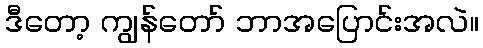
ဒီတော့ ကျွန်တော် ဘာအပြောင်းအလဲ။